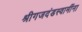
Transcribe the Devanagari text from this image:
श्रीगजदंडस्वामींना